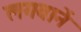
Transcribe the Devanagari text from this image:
लगवानें